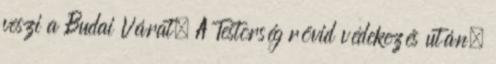
veszi a Budai Várat. A Testõrség rövid védekezés után,